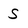
Character: 5